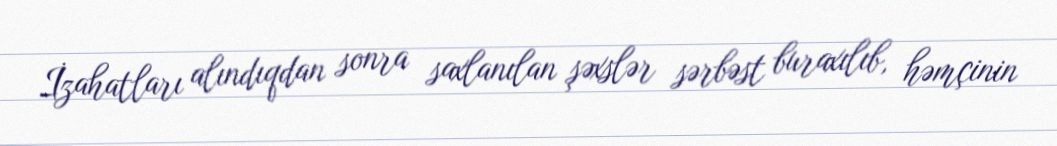
İzahatları alındıqdan sonra saxlanılan şəxslər sərbəst buraxılıb, həmçinin